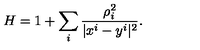
H = 1 + \sum _ { i } \frac { \rho _ { i } ^ { 2 } } { | x ^ { i } - y ^ { i } | ^ { 2 } } .